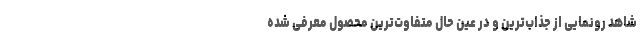
شاهد رونمایی از جذاب‌ترین و در عین حال متفاوت‌ترین محصول معرفی شده